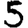
Digit: 5